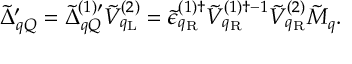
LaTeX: { \tilde { \Delta } } _ { q Q } ^ { \prime } = { \tilde { \Delta } } _ { q Q } ^ { ( 1 ) \prime } { \tilde { V } } _ { q _ { \mathrm { L } } } ^ { ( 2 ) } = { \tilde { \epsilon } } _ { q _ { \mathrm { R } } } ^ { ( 1 ) \dagger } { \tilde { V } } _ { q _ { \mathrm { R } } } ^ { ( 1 ) \dagger - 1 } { \tilde { V } } _ { q _ { \mathrm { R } } } ^ { ( 2 ) } { \tilde { M } } _ { q } .